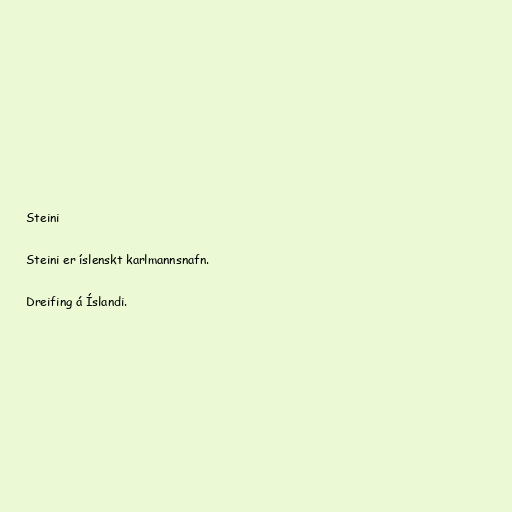
Steini

Steini er íslenskt karlmannsnafn.

Dreifing á Íslandi.